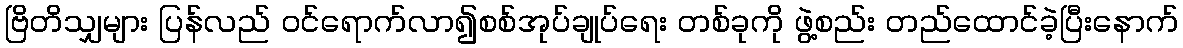
ဗြိတိသျှများ ပြန်လည် ဝင်ရောက်လာ၍စစ်အုပ်ချုပ်ရေး တစ်ခုကို ဖွဲ့စည်း တည်ထောင်ခဲ့ပြီးနောက်